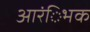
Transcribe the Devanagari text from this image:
आरंिभक